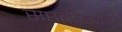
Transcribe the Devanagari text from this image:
सप्तवाहनः।